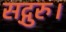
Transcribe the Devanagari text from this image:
सद्गुरु।